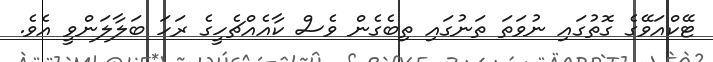
ޓޭކްއަވޭގެ ގޮތުގައި ނުވަތަ ތަނުގައި ތިބެގެން ވެސް ކާއެއްޗެހީގެ ރަހަ ބަލާލަންވީ އެވެ.